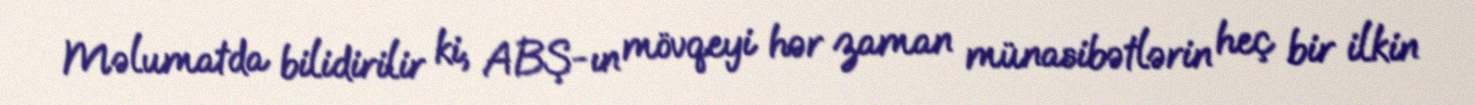
Məlumatda bilidirilir ki, ABŞ-ın mövqeyi hər zaman münasibətlərin heç bir ilkin